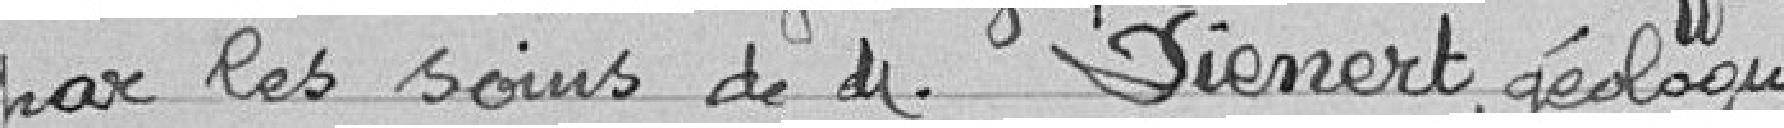
par les soins de Monsieur Dienert, géologue